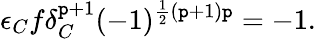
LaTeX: \epsilon_{C}f\delta_{C}^{\mathtt{p}+1}(-1)^{\frac{1}{2}(\mathtt{p}+1)\mathtt{p}}=-1.